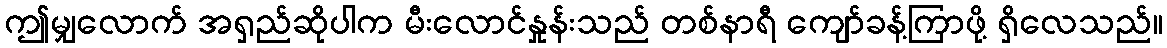
ဤမျှလောက် အရှည်ဆိုပါက မီးလောင်နှုန်းသည် တစ်နာရီ ကျော်ခန့်ကြာဖို့ ရှိလေသည်။